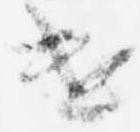
遣